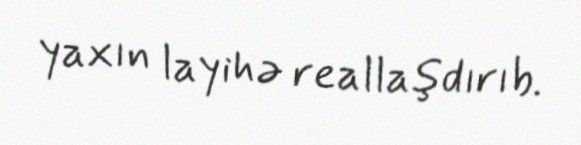
yaxın layihə reallaşdırıb.